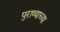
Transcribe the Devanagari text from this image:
पुराव्याच्या